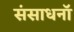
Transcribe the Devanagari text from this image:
संसाधनॉ